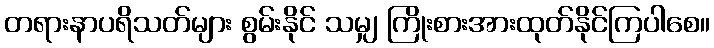
တရားနာပရိသတ်များ စွမ်းနိုင် သမျှ ကြိုးစားအားထုတ်နိုင်ကြပါစေ။